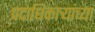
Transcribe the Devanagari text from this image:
पदाधिकार्‍यांच्या